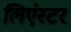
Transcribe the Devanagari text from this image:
लिएंस्टर